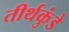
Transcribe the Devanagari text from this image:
तीर्थकुंडे